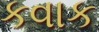
કવાક